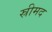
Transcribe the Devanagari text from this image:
स्रीमद